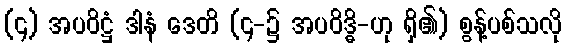
(၄) အပဝိဋ္ဌံ ဒါနံ ဒေတိ (၄-၌ အပဝိဒ္ဓိ-ဟု ရှိ၏) စွန့်ပစ်သလို